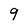
Character: 9